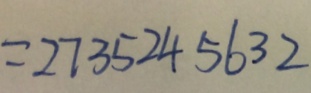
= 2 7 3 5 2 4 5 6 3 2